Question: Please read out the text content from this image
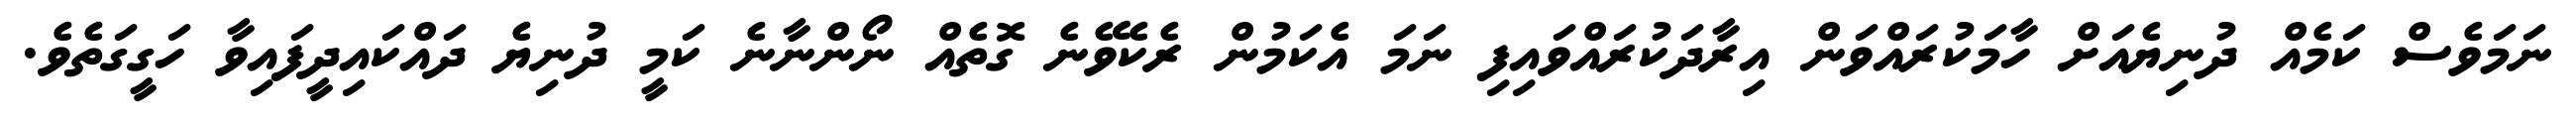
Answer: ނަމަވެސް ކަމެއް ދުނިޔެއަށް ހާމަކުރައްވަން އިރާދަކުރައްވައިފި ނަމަ އެކަމުން ރެކެވޭނެ ގޮތެއް ނޯންނާނެ ކަމީ ދުނިޔެ ދައްކައިދީފައިވާ ހަގީގަތެވެ.